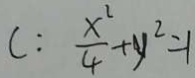
C : \frac { x ^ { 2 } } { 4 } + y ^ { 2 } = 1